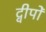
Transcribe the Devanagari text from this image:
द्वीपोँ